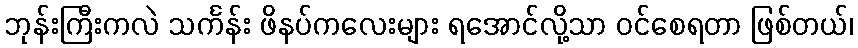
ဘုန်းကြီးကလဲ သင်္ကန်း ဖိနပ်ကလေးများ ရအောင်လို့သာ ဝင်စေရတာ ဖြစ်တယ်၊